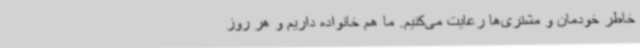
خاطر خودمان و مشتری‌ها رعایت می‌کنیم. ما هم خانواده داریم و هر روز